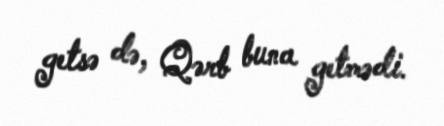
getsə də, Qərb buna getmədi.